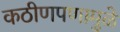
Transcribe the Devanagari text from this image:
कठीणपणामुळे